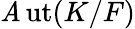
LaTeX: \operatorname{\mathit{A}ut}(K/F)